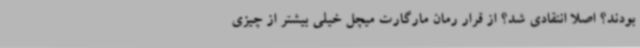
بودند؟ اصلا انتقادی شد؟ از قرار رمان مارگارت میچل خیلی بیشتر از چیزی